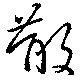
散